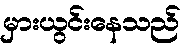
မှားယွင်းနေသည်